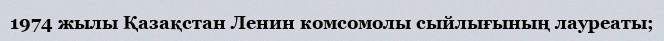
1974 жылы Қазақстан Ленин комсомолы сыйлығының лауреаты;